Vaccine operations Central Provinces 1868-1885 - 1868-1885
Year: 1868
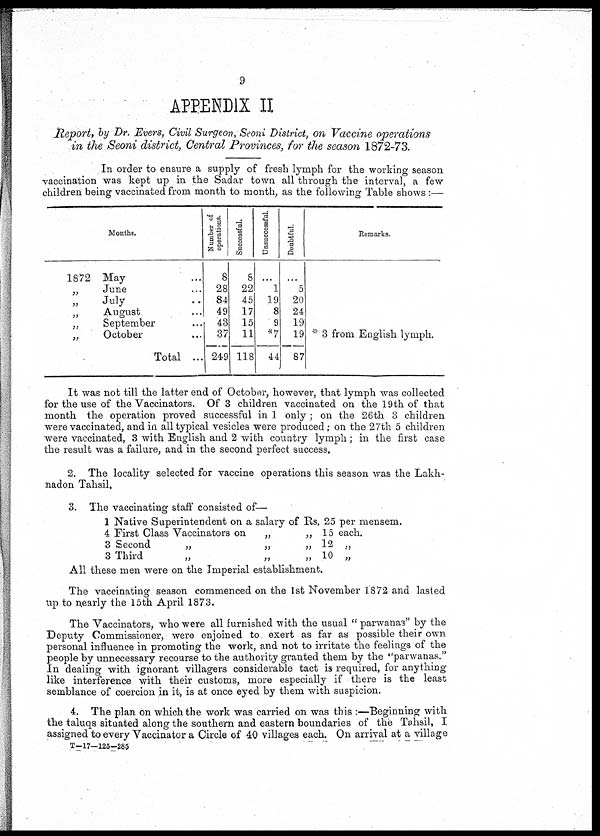
9
APEENDIX II
Report, by Dr. Evers, Civil Surgeon, Seoni District, on Vaccine operations
in the Seoni district, Central Provinces, for the season 1872-73.
In order to ensure a supply of fresh lymph for the working season
vaccination was kept up in the Sadar town all through the interval, a few
children being vaccinated from month to month, as the following Table shows :—
1872
„
„
„
„
„
„
Months.
May
June
July
August
September
October
Total ...
Number of
operations.
8
28
84
49
43
37
249
Successful.
8
22
45
17
15
11
118
Unsuccessful.
1
19
8
9
*7
44
Doubtful.
5
20
24
19
19
87
Remarks.
* 3 from English lymph.
It was not till the latter end of October, however, that lymph was collected
for the use of the Vaccinators. Of 3 children vaccinated on the 19th of that
month the operation proved successful in 1 only; on the 26th 3 children
were vaccinated, and in all typical vesicles were produced; on the 27th 5 children
were vaccinated, 3 with English and 2 with country lymph; in the first case
the result was a failure, and in the second perfect success.
2. The locality selected for vaccine operations this season was the Lakh-
nadon Tahsil,
3. The vaccinating staff consisted of—
1
4
3
3
Native Superintendent on a salary of Rs. 25 per mensem.
First Class Vaccinators on
Second
„
Third
„
„
„
„
„
„
„
15
12
10
each.
„
„
All these men were on the Imperial establishment.
The vaccinating season commenced on the 1st November 1872 and lasted
up to nearly the 15th April 1873.
The Vaccinators, who were all furnished with the usual " parwanas" by the
Deputy Commissioner, were enjoined to exert as far as possible their own
personal influence in promoting the work, and not to irritate the feelings of the
people by unnecessary recourse to the authority granted them by the "parwanas."
In dealing with ignorant villagers considerable tact is required, for anything
like interference with their customs, more especially if there is the least
semblance of coercion in it, is at once eyed by them with suspicion.
4. The plan on which the work was carried on was this :—Beginning with
the taluqs situated along the southern and eastern boundaries of the Tahsil, I
assigned to every Vaccinator a Circle of 40 villages each. On arrival at a village
T—17—125—285